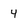
Character: 4